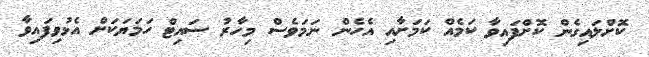
ކޮށްލައިގެން ކޮށްފައިވާ ކަމެއް ކަމަށާއި އެހެން ނަމަވެސް މިހާރު ސައިޓް ހަމަޔަކަށް އެޅުވިފައިވާ